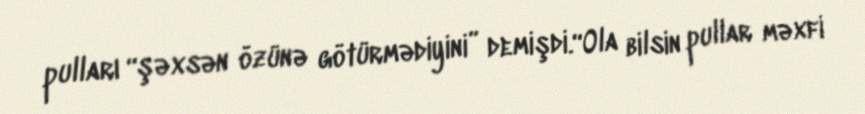
pulları “şəxsən özünə götürmədiyini” demişdi.“Ola bilsin pullar məxfi